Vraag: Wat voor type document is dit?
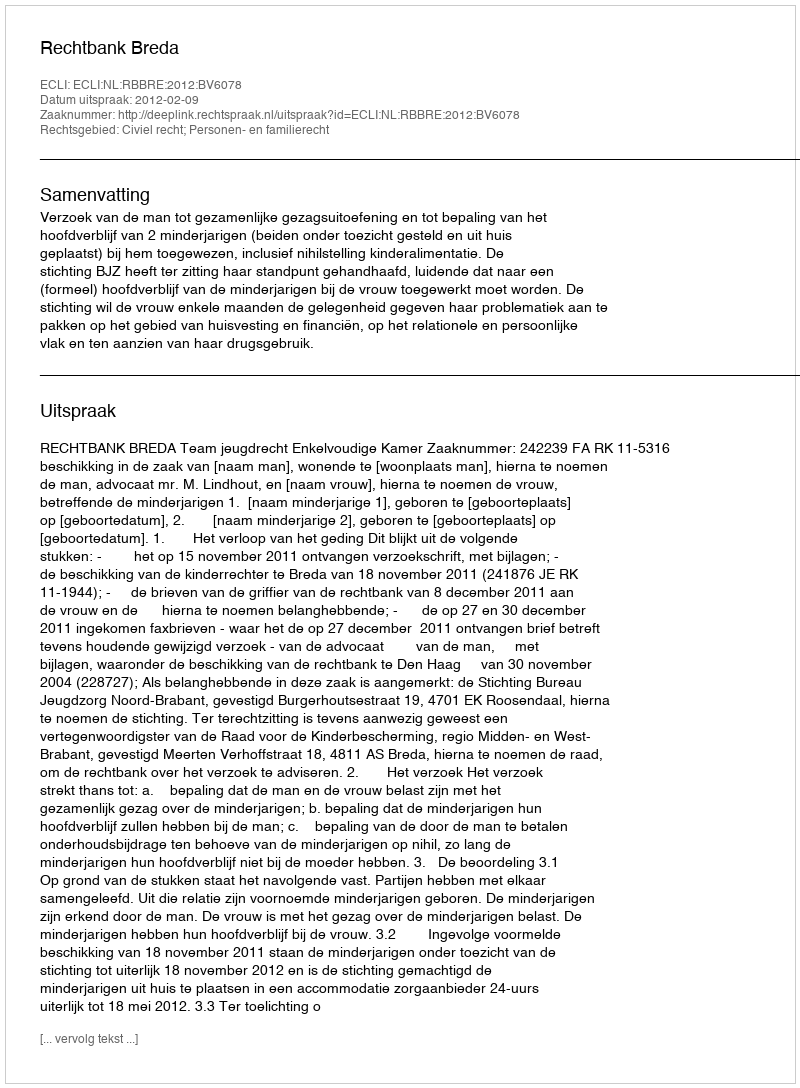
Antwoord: Uitspraak